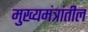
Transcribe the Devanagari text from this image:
मुख्यमंत्रांतील